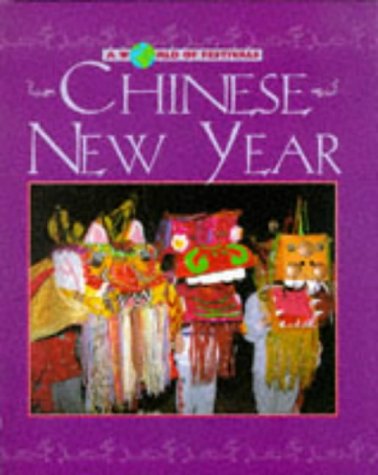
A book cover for Chinese New Year (A World of Festivals); Catherine Chambers; Children's Books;